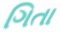
ગિતા